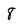
Character: 8